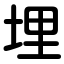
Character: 埋